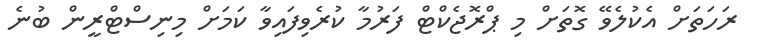
ރަހަތަށް އެކުލެވޭ ގޮތަށް މި ޕްރޮޖެކްޓް ފަރުމާ ކުރެވިފައިވާ ކަމަށް މިނިސްޓްރީން ބުނެ